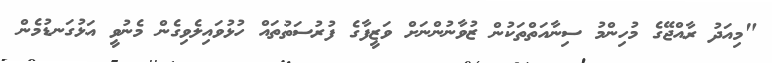
"މިއަދު ރާއްޖޭގެ މުހިންމު ސިނާއަތްތަކުން ޒުވާނުންނަށް ވަޒީފާގެ ފުރުސަތުތައް ހުޅުވައިލެވިގެން މެނުވީ އަޅުގަނޑުމެން